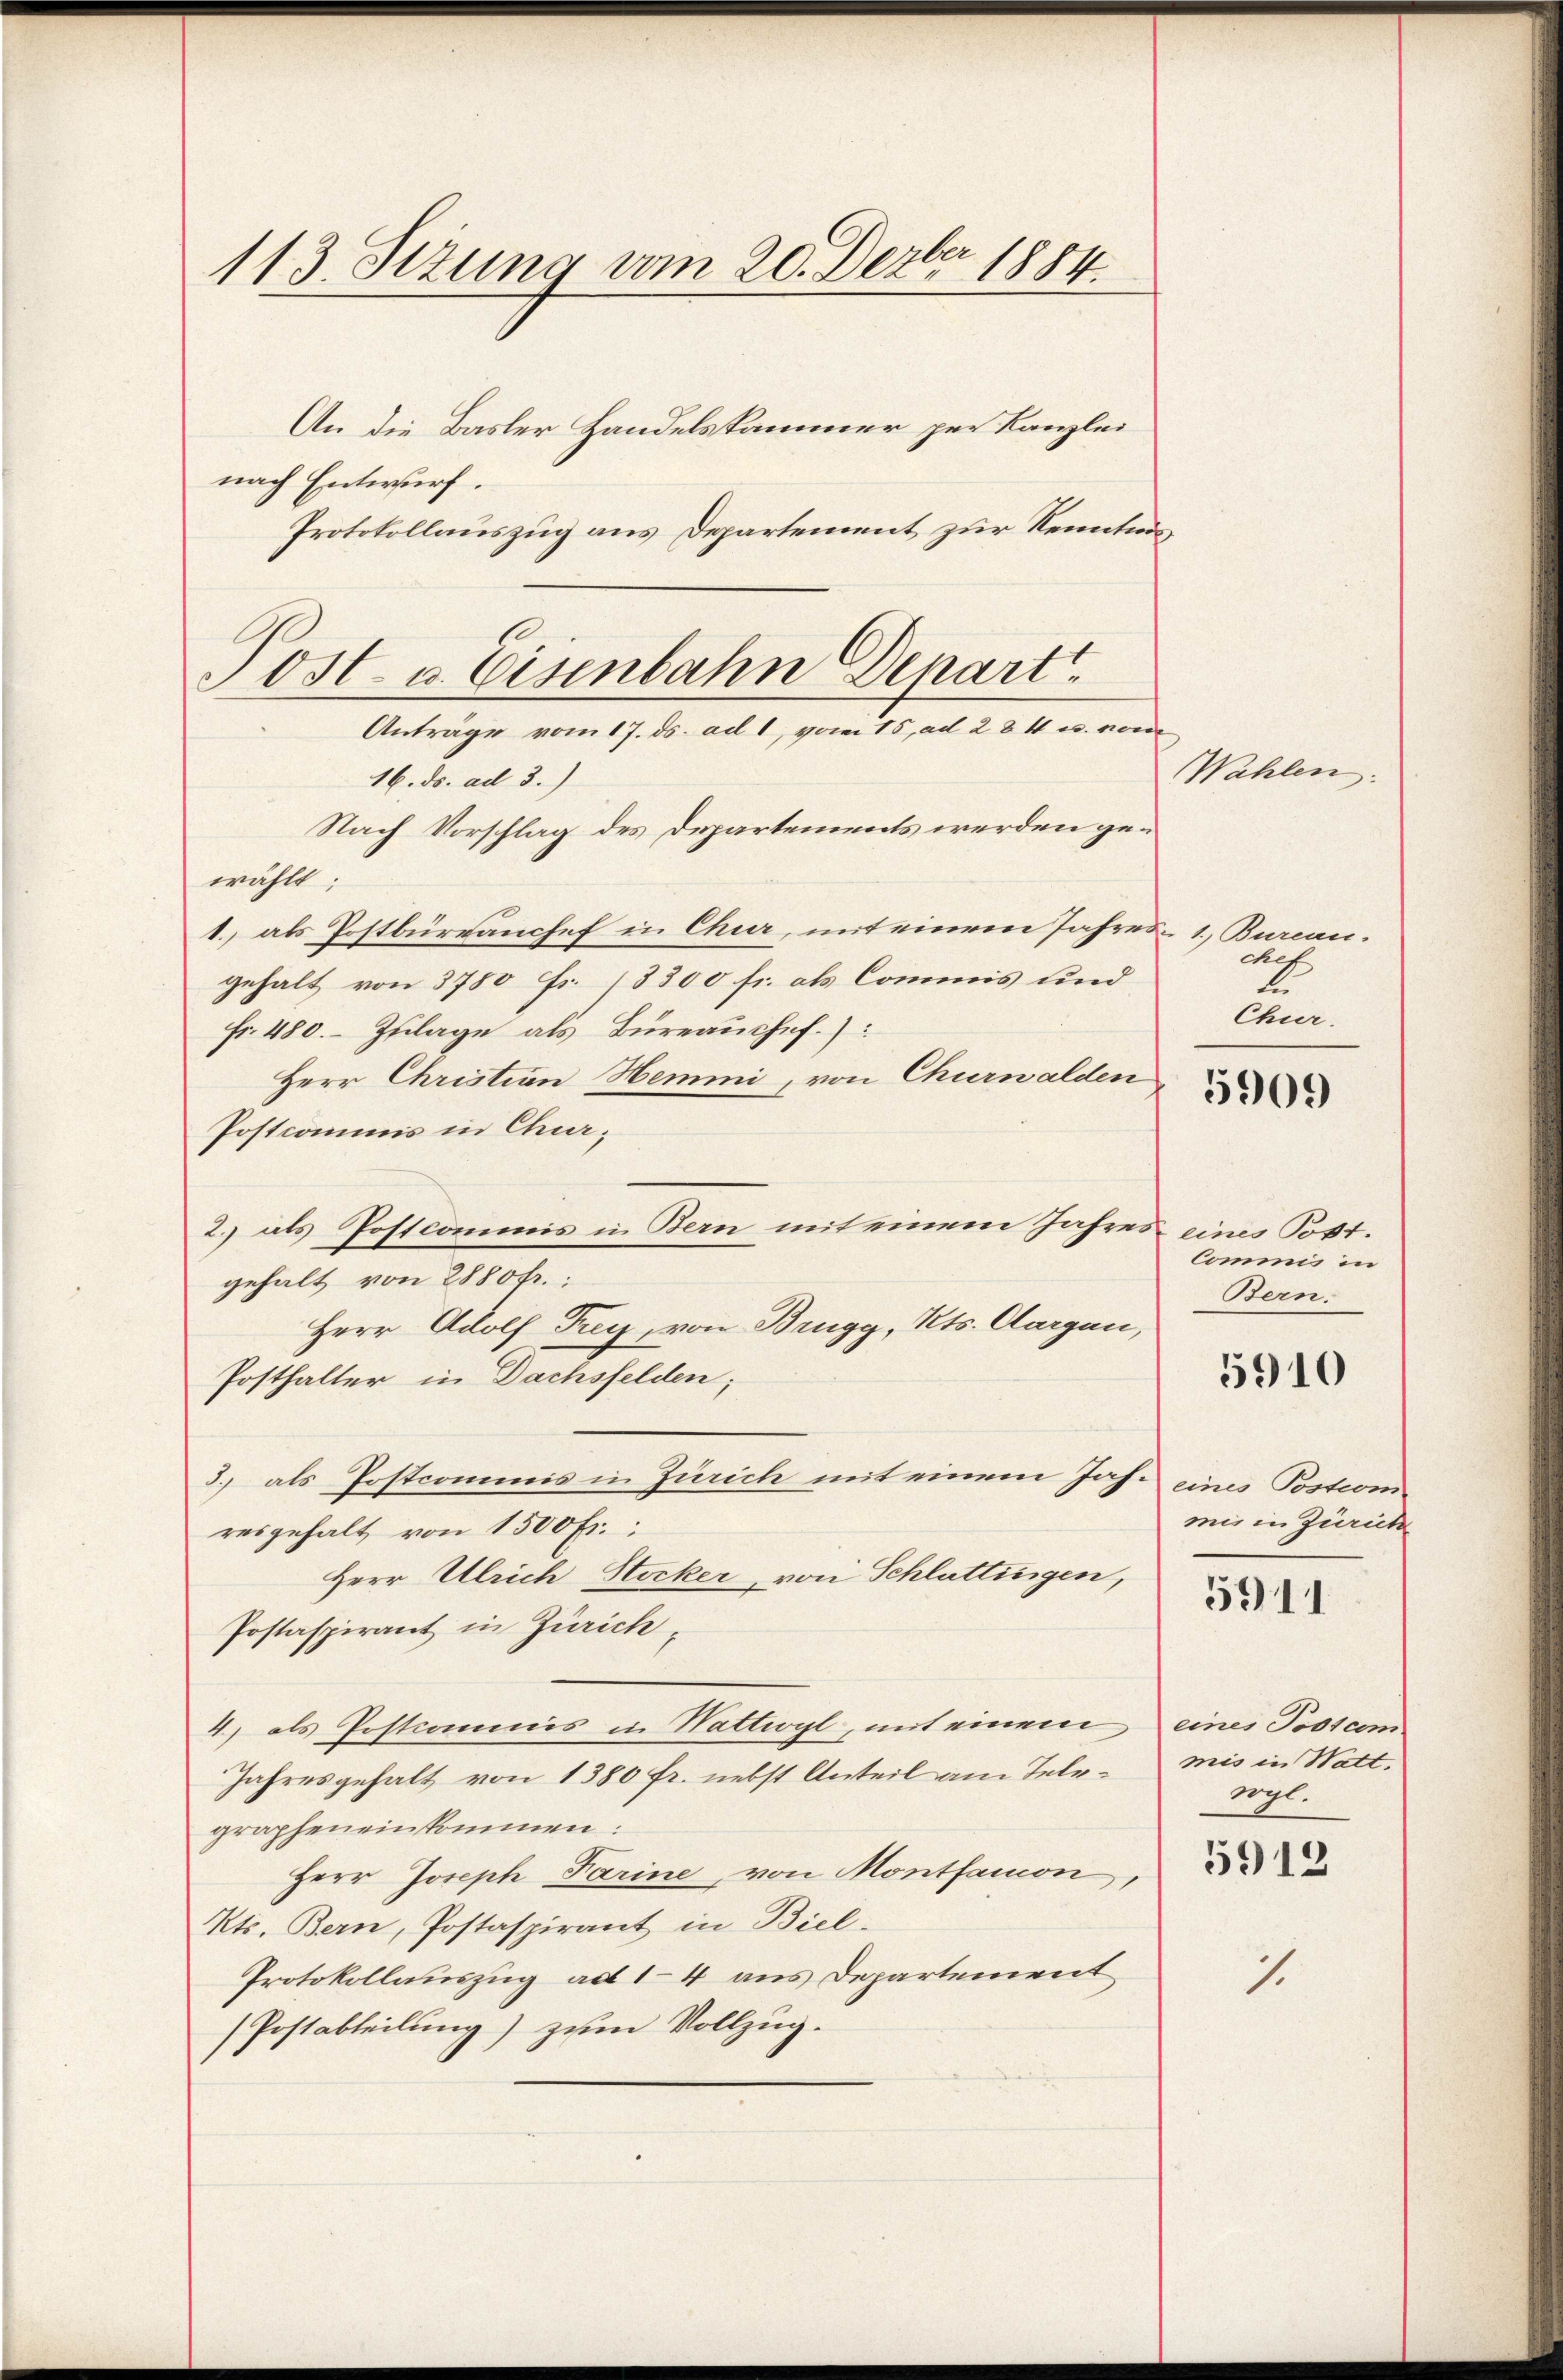
113. Sitzung vom 20. Dezbr 1884

An die Basler Handelskammer per Kanzlei
nach Entwurf.
Protokollauszug aus Departement zur Kenntnis
Anträge vom 17. ds. ad 1, vom 15. ad 284 u. vom
16. ds. ad 3.)
Nach Vorschlag des Departements werden gewählt:
1., als Postbürranchef in Chur, mit einem Jahres 1, Bureau.
gehalt von 3780 Fr. 18300 fr. als Commis und
Fr. 480. Zulage als Büreaushef.):
Herr Christian Hemmni, von Churwalden
Postcommis in Char;
2.) als Postcommis in Bern mit einem Jahres eines Post.
gehalt von 2880fr.;
Herr Adolf Frey, von Brugg, Kts. Aargau,
Posthalter in Dachsfelden;
3.) als Postcommis in Zürich mit einem Jas. eines Postioni
resgehalt von 1500 Fr.
Herr Ulrich Stocker, von Schlattingen,
Postaspirant in Zürich,
4) als Postcommis in Wattwyl, mit einem eines Postcom
Jahresgehalt von 1380 fr. nebst Anteil am Telegraphen einkommen:
Herr Joseph Farine, von Montanon,
Kts. Bern, Postaspirant in Biel-
Protokollauszug ad 14 aus Departement
(Postabteilung) zum Vollzug.

Post- u. Eisenbahn Depart

WWahlen.

chef
l
Chuer.

5909

Commis in
Bern.

5910

mir in Zürich

5911

mis in Watt.
vgl.
5912

1.